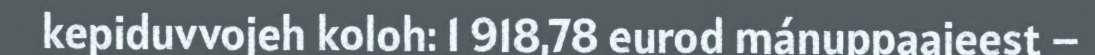
kepiduvvojeh koloh: 1 918,78 eurod mánuppaajeest –